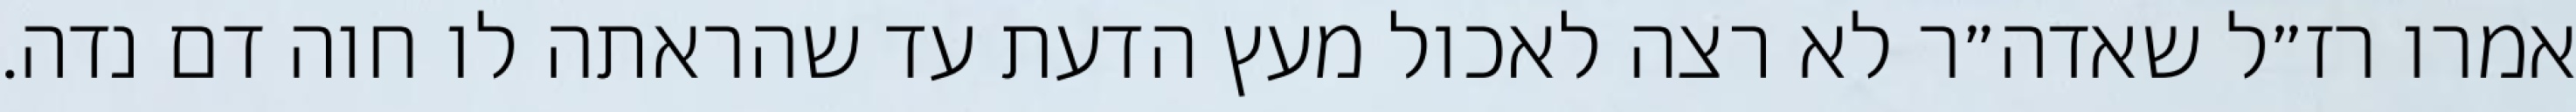
אמרו רז״ל שאדה״ר לא רצה לאכול מעץ הדעת עד שהראתה לו חוה דם נדה.